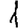
Digit: 1